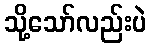
သို့သော်လည်းပဲ